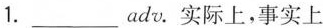
1.___adv.实际上，事实上